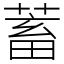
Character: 蓄